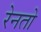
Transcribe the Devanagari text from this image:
रेनतो